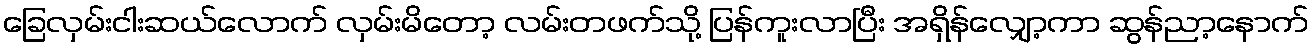
ခြေလှမ်းငါးဆယ်လောက် လှမ်းမိတော့ လမ်းတဖက်သို့ ပြန်ကူးလာပြီး အရှိန်လျှော့ကာ ဆွန်ညာ့နောက်